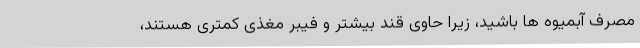
مصرف آبمیوه ها باشید، زیرا حاوی قند بیشتر و فیبر مغذی کمتری هستند،